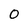
Character: 0